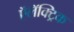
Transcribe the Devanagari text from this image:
ऍलॅक्ट्रिक